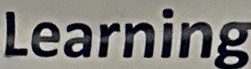
Learning